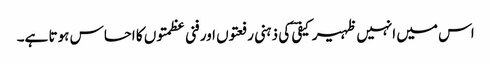
اس میں انہیں ظہیر کیفیؔ کی ذہنی رفعتوں اور فنی عظمتوں کا احساس ہوتا ہے۔